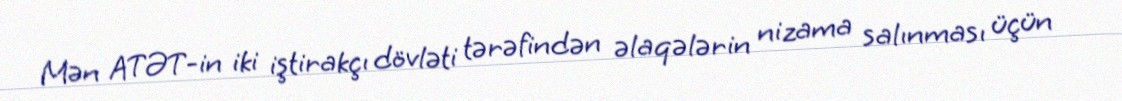
Mən ATƏT-in iki iştirakçı dövləti tərəfindən əlaqələrin nizama salınması üçün